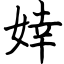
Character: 婞